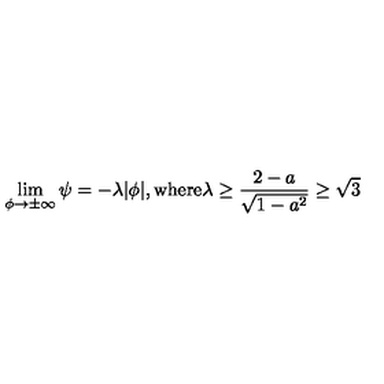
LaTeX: \lim _ { \phi \to \pm \infty } \psi = - \lambda | \phi | , \mathrm { w h e r e } \lambda \ge \frac { 2 - a } { \sqrt { 1 - a ^ { 2 } } } \ge \sqrt { 3 }